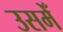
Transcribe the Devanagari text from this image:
उसमेँ